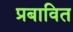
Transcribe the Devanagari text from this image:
प्रबावित